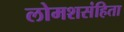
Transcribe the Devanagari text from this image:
लोमशसंहिता